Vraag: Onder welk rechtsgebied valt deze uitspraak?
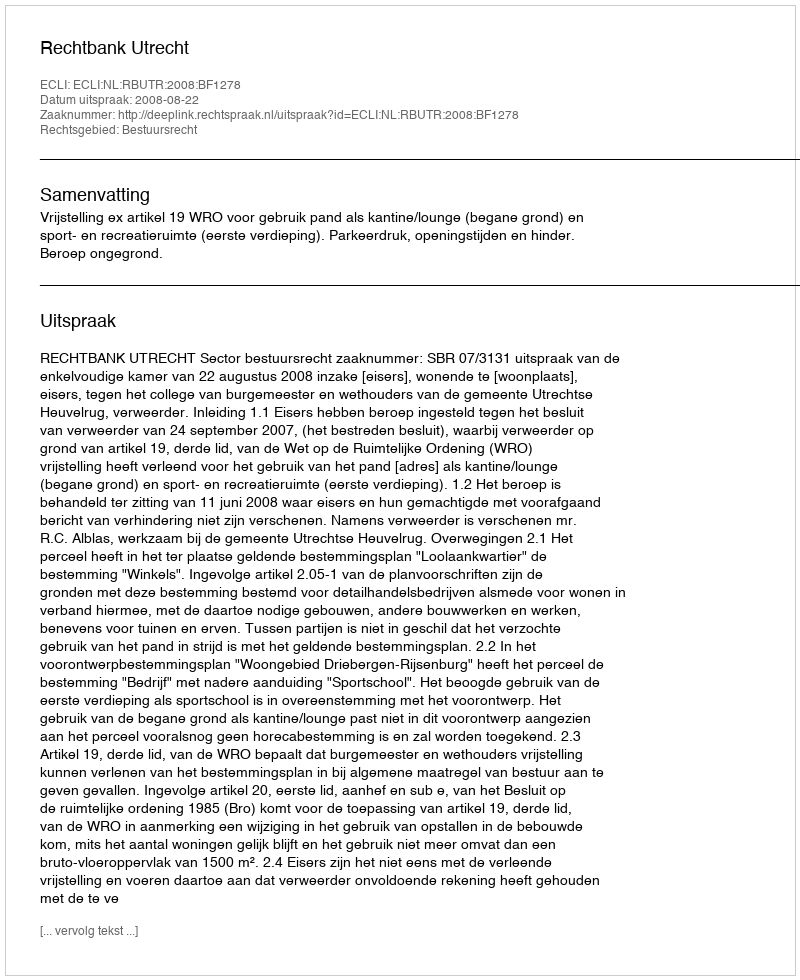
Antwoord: Bestuursrecht